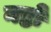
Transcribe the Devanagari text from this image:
नष्टो